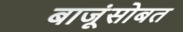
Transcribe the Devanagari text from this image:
बाजूंसोबत